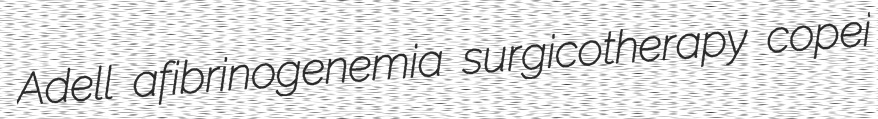
Adell afibrinogenemia surgicotherapy copei